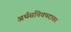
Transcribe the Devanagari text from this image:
अर्थसचिवपदावर